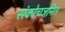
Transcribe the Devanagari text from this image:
संकोचजनित